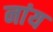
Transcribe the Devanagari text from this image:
नांय